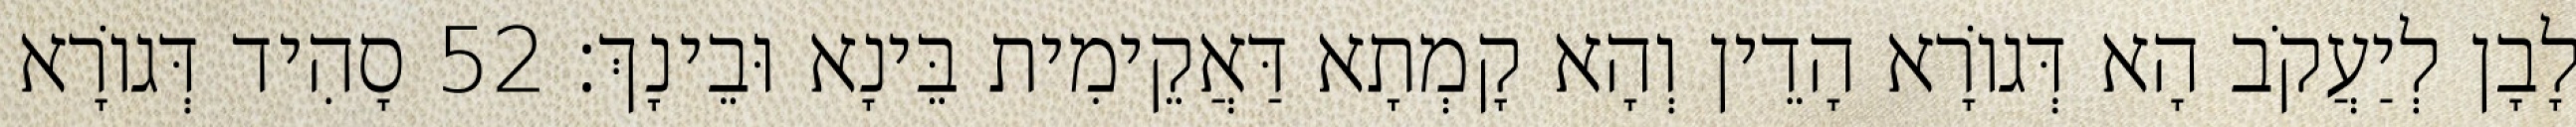
לָבָן לְיַעֲקֹב הָא דְּגוֹרָא הָדֵין וְהָא קָמְתָא דַּאֲקֵימִית בֵּינָא וּבֵינָךְ׃ 52 סָהִיד דְּגוֹרָא